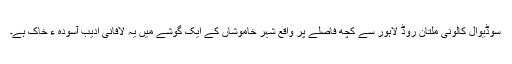
سوڈیوال کالونی ملتان روڈ لاہور سے کچھ فاصلے پر واقع شہر خاموشاں کے ایک گوشے میں یہ لافانی ادیب آسودہ ء خاک ہے۔